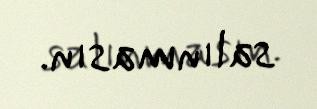
salınmasın.